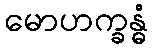
မောဟက္ခန္ဓံ